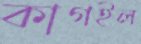
কাগইল